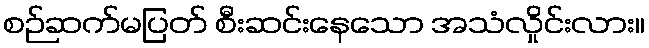
စဉ်ဆက်မပြတ် စီးဆင်းနေသော အသံလှိုင်းလား။